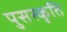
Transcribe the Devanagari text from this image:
पुसस्कृति